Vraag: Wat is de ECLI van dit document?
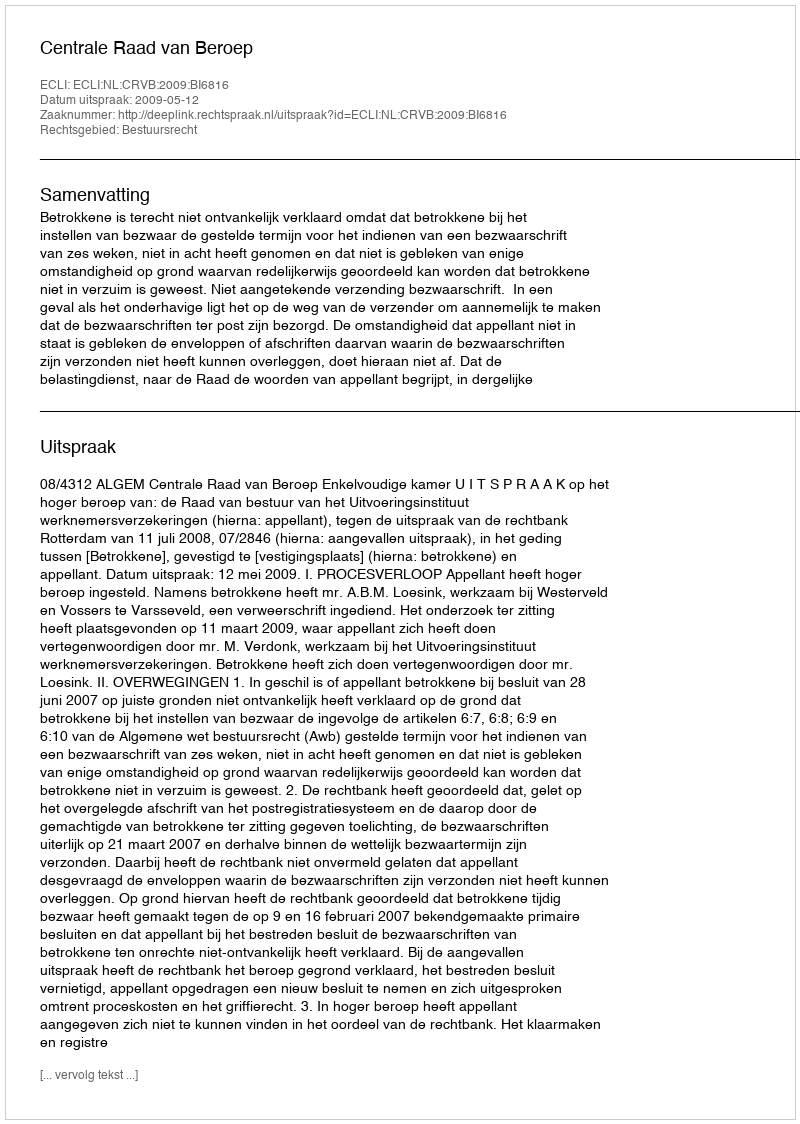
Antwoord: ECLI:NL:CRVB:2009:BI6816